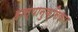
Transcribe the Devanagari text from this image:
हास्यानुकृतिकार